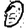
Digit: 0